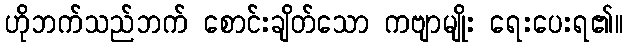
ဟိုဘက်သည်ဘက် စောင်းချိတ်သော ကဗျာမျိုး ရေးပေးရ၏။